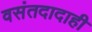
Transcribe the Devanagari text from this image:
वसंतदादाही